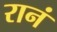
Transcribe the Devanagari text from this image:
रानं